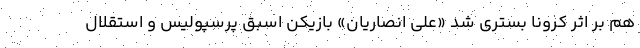
هم بر اثر کرونا بستری شد «علی انصاریان» بازیکن اسبق پرسپولیس و استقلال